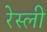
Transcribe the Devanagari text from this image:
रेस्ली